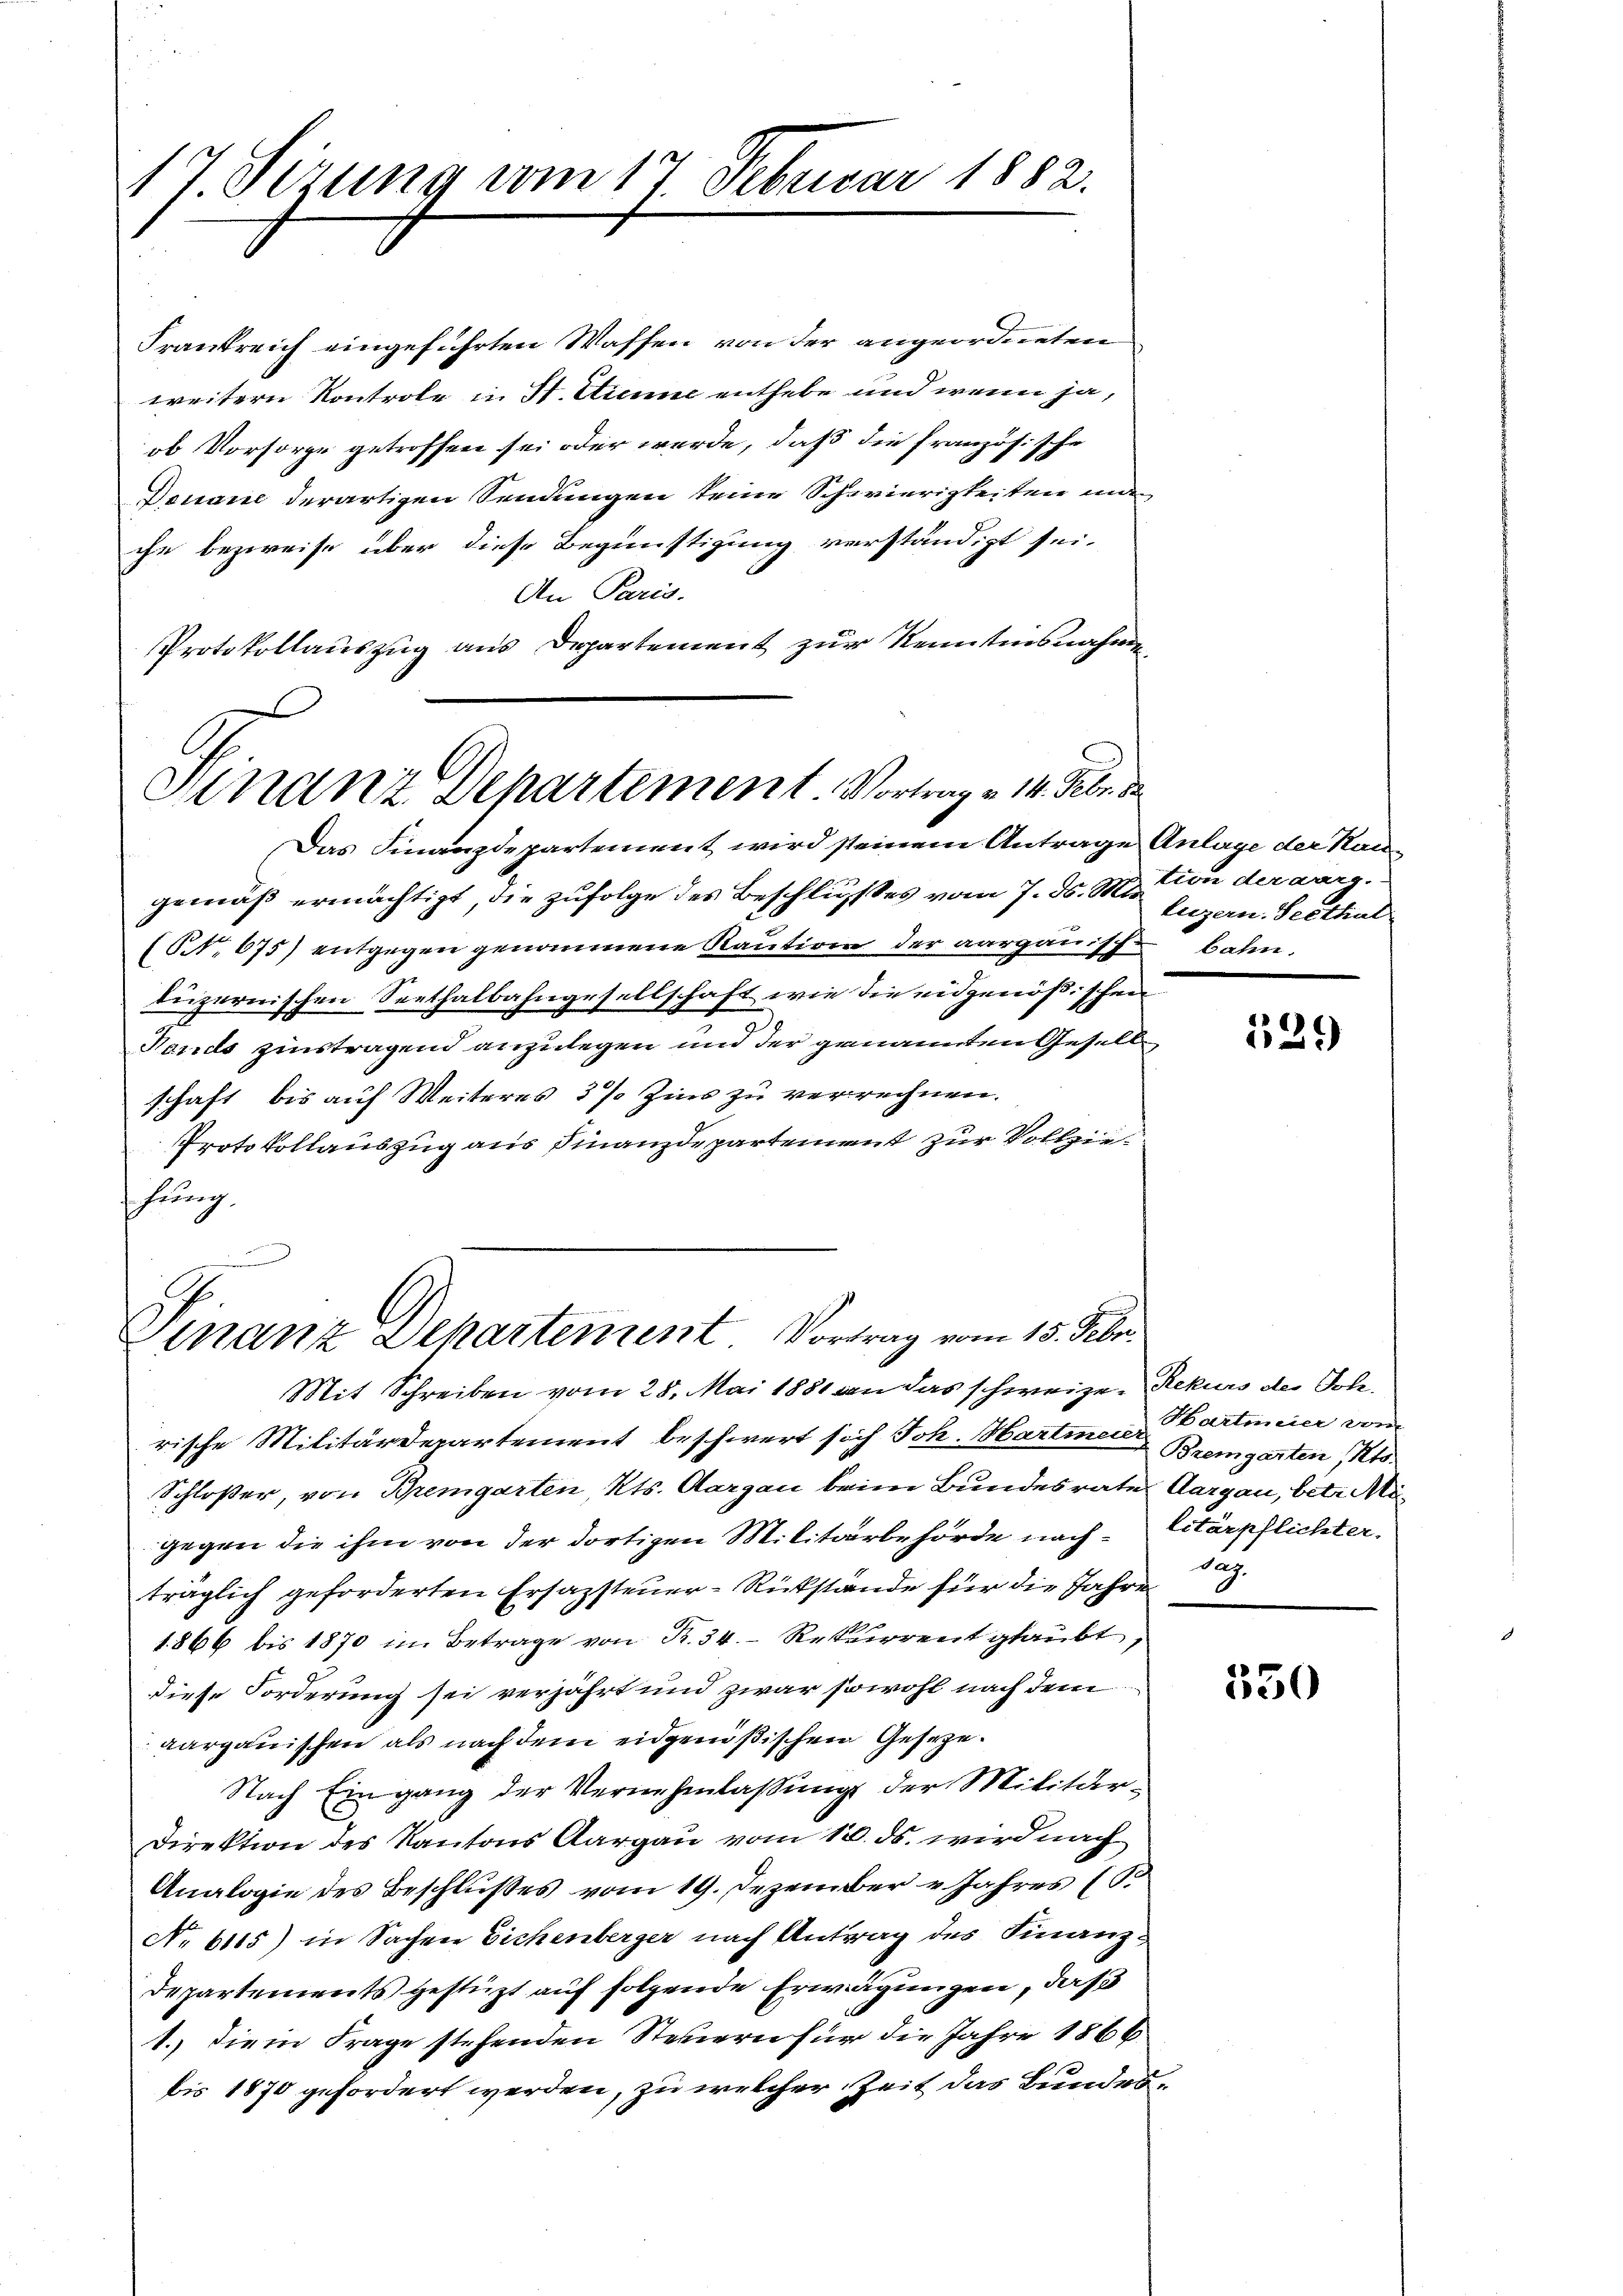
A 7. Sizung vom 17. Februar 1882.

Frankreich eingeführten Waffen von der angeordneten
weitern Kontrole in St. Sienne enthebe und wenn ja,
ob Vorsorge getroffen sei oder werde, daß die französische
Denaue derartigen Sendungen seine Schwierigkeiten und
che bezweife über diese Begünstigung verständigt sei.
An Paris.
Protokollauszug aus Departement zur Kenntnisnahmen
Das Finanzdepartement wird steinem Antrage Anlage der Haugemäß ermächtigt, die zufolge des Beschlusses vom 7. d. M. von der aarg.
(Nr. 675) entgegen genommene Raution der aargauischen Bahn.
luzernischen Seethalbahngesellschaft wie die eidgenößischen
Rands zinstragend anzulegen und der genannten Gesellschaft bis auf Weiteres 3% Zins zu verrechnen.
Protokollauszug aus Finanzdepartement zur Vollziehung.

Finanz Departement. Vortrag v. 14. Febr.

Finanz Dehartement Vortrag vom 15. Febr.

Mit Schreiben vom 28. Mai 1881 von das schweizer Rekurs der Tode.
rische Militärdepartement beschwert sich Joh. Hartinen Bremgarten Kts.
Schloßer, von Bremgarten, Kts. Aargau beim Bundesrate Aargau, betr. Migegen die ihm von der dortigen Militärbehörde nach litärpflichterträglich geforderten Ersazsteuer-Rükstände für die Jahre
1866 bis 1870 im Betrage von K. 34. Rekurrent glaubt,
diese Forderung sei verjährt und zwar sowohl nach dem
aargauischen als nach dem eidgenößischen Geseze
Nach Eingang der Vernehmlassung der Militär¬
Direktion des Kantons Aargau vom 10. ds. wird nach
Analogie des Beschlußes vom 19. Dezember v. Jahres (S.
No 6115) in Sachen Eichenberger nach Antrag des Finanz-
Departements gestüzt auf folgende Erwägungen, daß
1.) Die in Frage stehenden Steuern für die Jahre 1866
bis 1870 gefordert werden, zu welcher Zeit das Bundes¬

Luzern. Seethal

529)

Hartinier von
dag

350